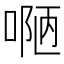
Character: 𠸳